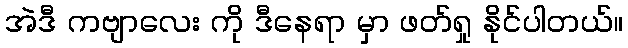
အဲဒီ ကဗျာလေး ကို ဒီနေရာ မှာ ဖတ်ရှု နိုင်ပါတယ်။